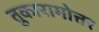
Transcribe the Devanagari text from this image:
तुकारामोत्तर